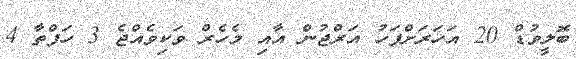
ބޮލީވުޑް 20 އަހަރަށްފަހު އަރްޖުން އާއި މެހެރް ވަކިވެއްޖެ 3 ހަފްތާ 4